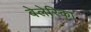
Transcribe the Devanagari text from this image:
बेलेरिका